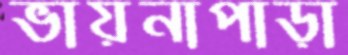
ভায়নাপাড়া